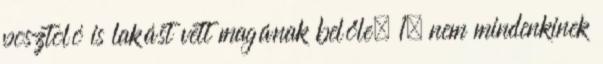
posztoló is lakást vett magának belőle. 1. nem mindenkinek